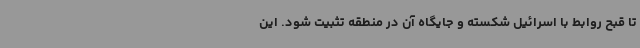
تا قبح روابط با اسرائیل شکسته و جایگاه آن در منطقه تثبیت شود. این